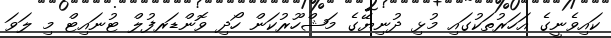
ކައިވެނީގެ އަހަރުތަކުގައި މުޅި ދުނިޔޭގެ މަޝްހޫރުކަން ހޯދި ވޮންޑަރފުލް ޓުނައިޓް މި ލަވަ